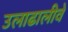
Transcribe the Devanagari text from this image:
उलाढालीवे